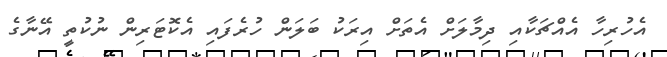
އެހުރިހާ އެއްޗަކާއި ދިމާލަށް އެތަށް އިރަކު ބަލަން ހުރެފައި އެކޮޓަރިން ނުކުތީ އޭނާގެ